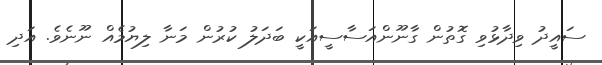
ސައީދު ވިދާޅުވި ގޮތުން ގާނޫންއަސާސީއަކީ ބަދަލު ކުރުން މަނާ ލިޔުމެއް ނޫނެވެ. އަދި